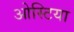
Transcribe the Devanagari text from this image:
ओस्टिया